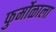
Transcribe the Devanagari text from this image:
फुर्मोळाला